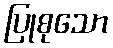
ပြုစုသော